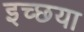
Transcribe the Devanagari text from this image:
इच्छया